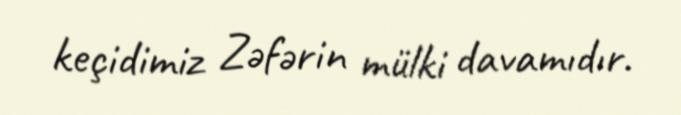
keçidimiz Zəfərin mülki davamıdır.